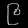
Digit: ၉